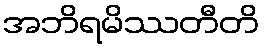
အဘိရမိဿတီတိ